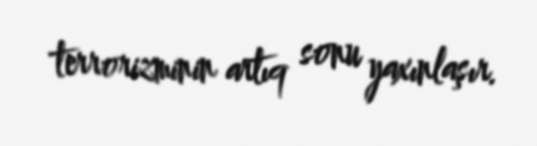
terrorizminin artıq sonu yaxınlaşır.